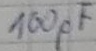
Text: 100pF